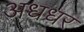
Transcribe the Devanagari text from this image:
अधधर